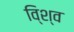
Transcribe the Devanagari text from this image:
वि्श्व